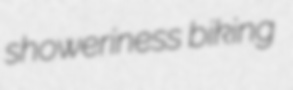
showeriness biking